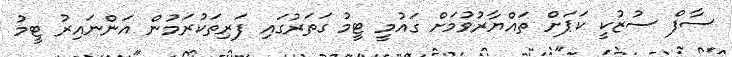
ސާފް ސުޒުކީ ކަޕަށް ތައްޔާރުވުމަށް ގައުމީ ޓީމު ގަތަރުގައި ފަރިތަކުރަމުން އަންނައިރު ޓީމު